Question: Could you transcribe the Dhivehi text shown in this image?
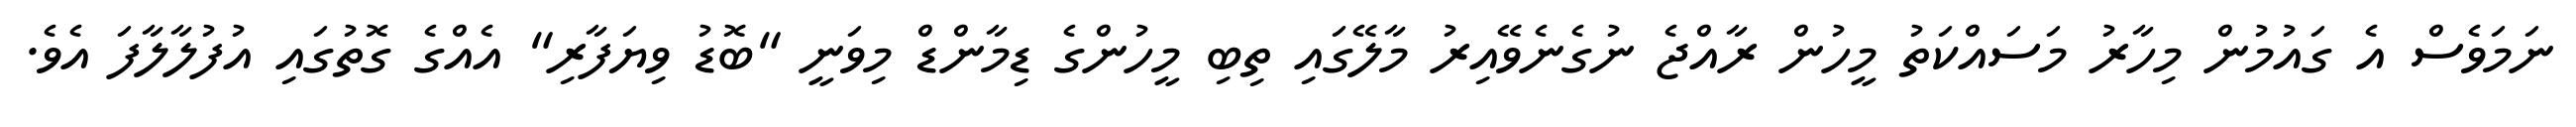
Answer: ނަމަވެސް އެ ގައުމުން މިހާރު މަސައްކަތު މީހުން ރާއްޖެ ނުގެނެވޭއިރު މާލޭގައި ތިބި މީހުންގެ ޑިމާންޑް މިވަނީ "ބޮޑު ވިޔަފާރި" އެއްގެ ގޮތުގައި އުފުލާލާފަ އެވެ.